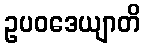
ဥပဝဒေယျာတိ